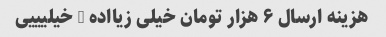
هزینه ارسال ۶ هزار تومان خیلی زیااده - خیلیییی